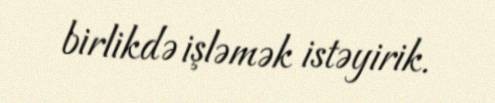
birlikdə işləmək istəyirik.